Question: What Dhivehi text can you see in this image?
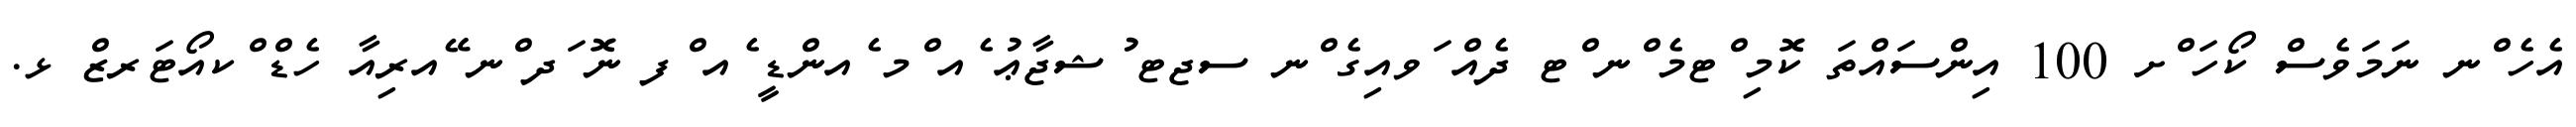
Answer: އެހެ ްނ ނަމަވެސް ކޯހަ ްށ 100 އިންސައްތަ ކޮމި ްޓމެ ްނ ްޓ ދެއް ަވއިގެ ްނ ސޖޓ ުޝޖާޢު ެއ ްމ ެއންޑީ ެއ ްފ ނޮ ަދ ްނ ޭއރިއާ ހެޑް ްކއޯޓަރޒް ޅ.